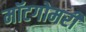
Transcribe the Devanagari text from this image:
मॉटगोमरी